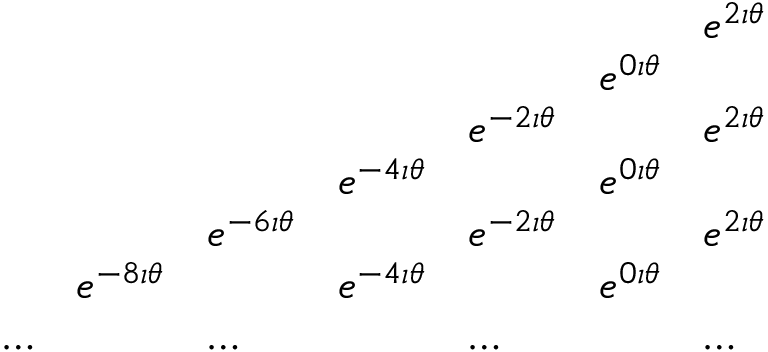
\begin{array} { l l l l l l l } { { } } & { { } } & { { } } & { { } } & { { } } & { { } } & { { e ^ { 2 \imath \theta } } } \\ { { } } & { { } } & { { } } & { { } } & { { } } & { { e ^ { 0 \imath \theta } } } & { { } } \\ { { } } & { { } } & { { } } & { { } } & { { e ^ { - 2 \imath \theta } } } & { { } } & { { e ^ { 2 \imath \theta } } } \\ { { } } & { { } } & { { } } & { { e ^ { - 4 \imath \theta } } } & { { } } & { { e ^ { 0 \imath \theta } } } & { { } } \\ { { } } & { { } } & { { e ^ { - 6 \imath \theta } } } & { { } } & { { e ^ { - 2 \imath \theta } } } & { { } } & { { e ^ { 2 \imath \theta } } } \\ { { } } & { { e ^ { - 8 \imath \theta } } } & { { } } & { { e ^ { - 4 \imath \theta } } } & { { } } & { { e ^ { 0 \imath \theta } } } \\ { { \ldots } } & { { } } & { { \ldots } } & { { } } & { { \ldots } } & { { } } & { { \ldots } } \end{array}